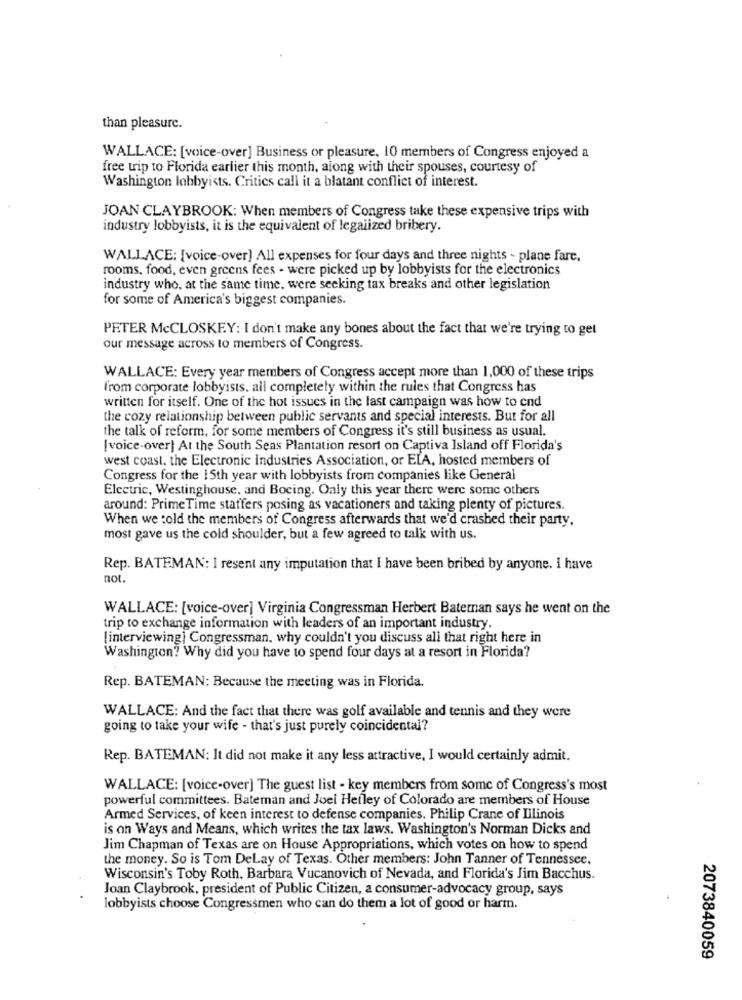
than pleasure.
WALLACE: [voice-over] Business or pleasure. 10 members of Congress enjoyed a
free trip to Florida earlier this month, along with their spouses, courtesy of
Washington lobbyists. Critics call it a blatant conflict of interest.
JOAN CLAYBROOK: When members of Congress take these expensive trips with
industry lobbyists, it is the equivalent of legalized bribery.
WALLACE: [voice-over] All expenses for four days and three nights - plane fare.
rooms, food, even greens fees - were picked up by lobbyists for the electronics
industry who, at the same time, were seeking tax breaks and other legislation
for some of America's biggest companies.
PETER MCCLOSKEY: I don't make any bones about the fact that we're trying to get
our message across to members of Congress.
WALLACE: Every year members of Congress accept more than 1,000 of these trips
from corporate lobbyists. all completely within the rules that Congress has
written for itself. One of the hot issues in the last campaign was how to end
the cozy relationship between public servants and special interests. But for all
the talk of reform, for some members of Congress it's still business as usual.
[voice-over] At the South Seas Plantation resort on Captiva Island off Florida's
west coast. the Electronic Industries Association, or ELA, hosted members of
Congress for the 15th year with lobbyists from companies like General
Elcetric, Westinghouse, and Boeing. Only this year there were some others
around: PrimeTime staffers posing as vacationers and taking plenty of pictures.
When we told the members of Congress afterwards that we'd crashed their party.
most gave us the cold shoulder, but a few agreed to talk with us.
Rep. BATEMAN: I resent any imputation that I have been bribed by anyone. I have
not.
WALLACE: [voice-over] Virginia Congressman Herbert Bateman says he went on the
trip to exchange information with leaders of an important industry.
[interviewing] Congressman, why couldn't you discuss all that right here in
Washington? Why did you have to spend four days at a resort in Florida?
Rep. BATEMAN: Because the meeting was in Florida.
WALLACE: And the fact that there was golf available and tennis and they were
going to take your wife - that's just purely coincidental?
Rep. BATEMAN: It did not make it any less attractive, I would certainly admit.
WALLACE: [voice-over] The guest list - key members from some of Congress's most
powerful committees. Bateman and Joel Hefley of Colorado are members of House
Armed Services, of keen interest to defense companies. Philip Crane of Illinois
is on Ways and Means, which writes the tax laws. Washington's Norman Dicks and
Jim Chapman of Texas are on House Appropriations, which votes on how to spend
the money. So is Tom Delay of Texas. Other members: John Tanner of Tennessee.
Wisconsin's Toby Roth, Barbara Vucanovich of Nevada, and Florida's Jim Bacchus.
Joan Claybrook, president of Public Citizen, a consumer-advocacy group, says
lobbyists choose Congressmen who can do them a lot of good or harm.
2073840059